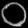
Digit: ၀